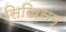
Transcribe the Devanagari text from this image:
सिखिसम्‍